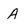
Character: A